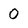
Character: 0